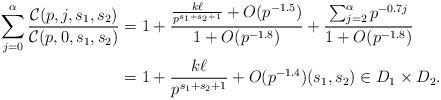
LaTeX: \begin{align*} \sum_{j=0}^{\alpha} \frac{\mathcal{C}(p,j,s_1,s_2)}{ \mathcal{C}(p,0,s_1,s_2)} & = 1 + \frac{\frac{k \ell }{p^{s_1+s_2+1}} + O(p^{-1.5}) }{1+ O(p^{-1.8}) } + \frac{\sum_{j=2}^{\alpha} p^{-0.7j} }{1+ O(p^{-1.8}) } \\ & = 1 + \frac{k \ell}{p^{s_1+s_2+1}} + O(p^{-1.4}) (s_1,s_2) \in D_1 \times D_2. \end{align*}